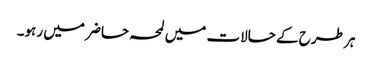
ہر طرح کے حالات میں لمحہ حاضر میں رہو۔